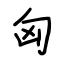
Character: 匈